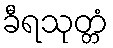
ခီရသုတ္တံ